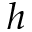
h